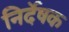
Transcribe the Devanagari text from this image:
निर्देषक